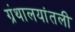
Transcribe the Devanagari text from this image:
ग्रंथालयांतली